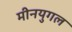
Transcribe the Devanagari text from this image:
मीनयुगल